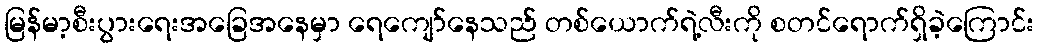
မြန်မာ့စီးပွားရေးအခြေအနေမှာ ရေကျော်နေသည် တစ်ယောက်ရဲ့လီးကို စတင်ရောက်ရှိခဲ့ကြောင်း